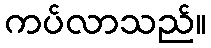
ကပ်လာသည်။